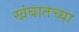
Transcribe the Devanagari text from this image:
खंबातच्या